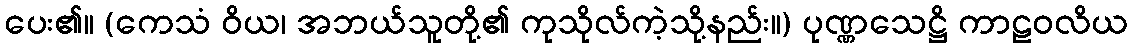
ပေး၏။ (ကေသံ ဝိယ၊ အဘယ်သူတို့၏ ကုသိုလ်ကဲ့သို့နည်း။) ပုဏ္ဏသေဋ္ဌိ ကာဠဝလိယ